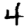
Digit: 4